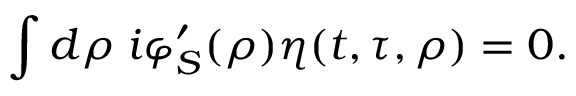
\int d \rho \; i \varphi _ { S } ^ { \prime } ( \rho ) \eta ( t , \tau , \rho ) = 0 .